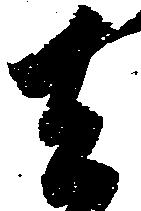
去